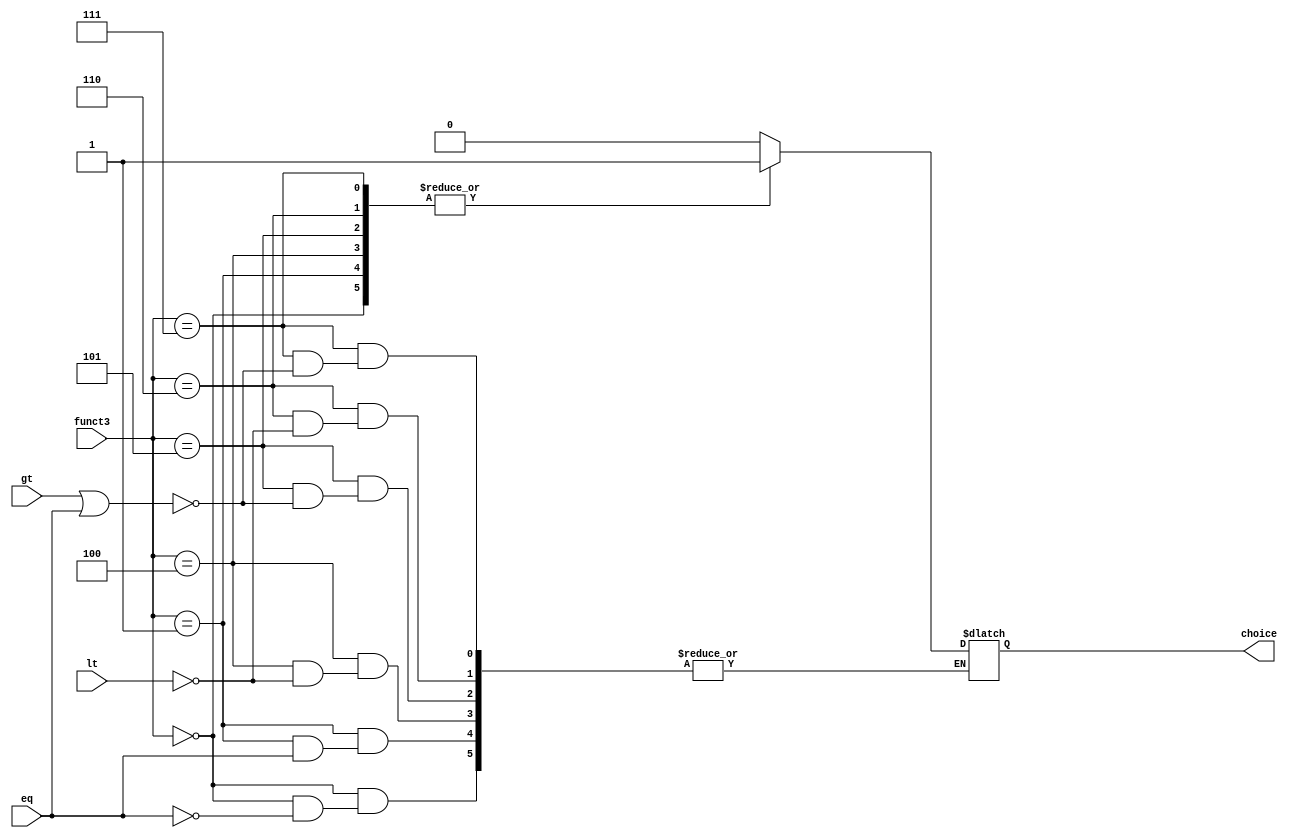
module BranchLogic(input wire [2:0] funct3, input wire lt, input wire eq, input wire gt, output reg choice);
	always@(*) begin
		case(funct3)
			3'h0: if(eq == 1'b1) choice = 1'b1; //beq
			3'h1: if(eq == 1'b0) choice = 1'b1; //bne
			3'h4: if(lt == 1'b1) choice = 1'b1; //blt
			3'h5: if(gt == 1'b1 || eq == 1'b1) choice = 1'b1; //bge
			3'h6:	if(lt == 1'b1) choice = 1'b1; //bltu
			3'h7: if(gt == 1'b1 || eq == 1'b1) choice = 1'b1; //bgeu
			default: choice = 1'b0;
		endcase
	end
endmodule